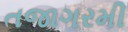
તજાગરમી